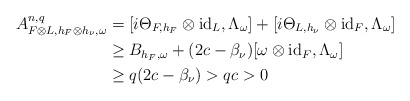
\begin{align*} A^{n,q}_{F\otimes L,h_F\otimes h_\nu,\omega}&=[i\Theta_{F,h_F}\otimes\mathrm{id}_L,\Lambda_\omega]+[i\Theta_{L,h_\nu}\otimes\mathrm{id}_F,\Lambda_\omega]\\ &\geq B_{h_F,\omega}+(2c-\beta_\nu)[\omega\otimes\mathrm{id}_F,\Lambda_\omega]\\ &\geq q(2c-\beta_\nu)>qc>0 \end{align*}